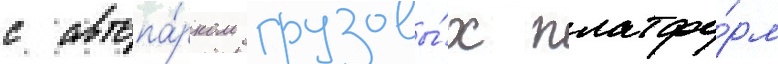
с автопа́рком грузовы́х платфо́рм